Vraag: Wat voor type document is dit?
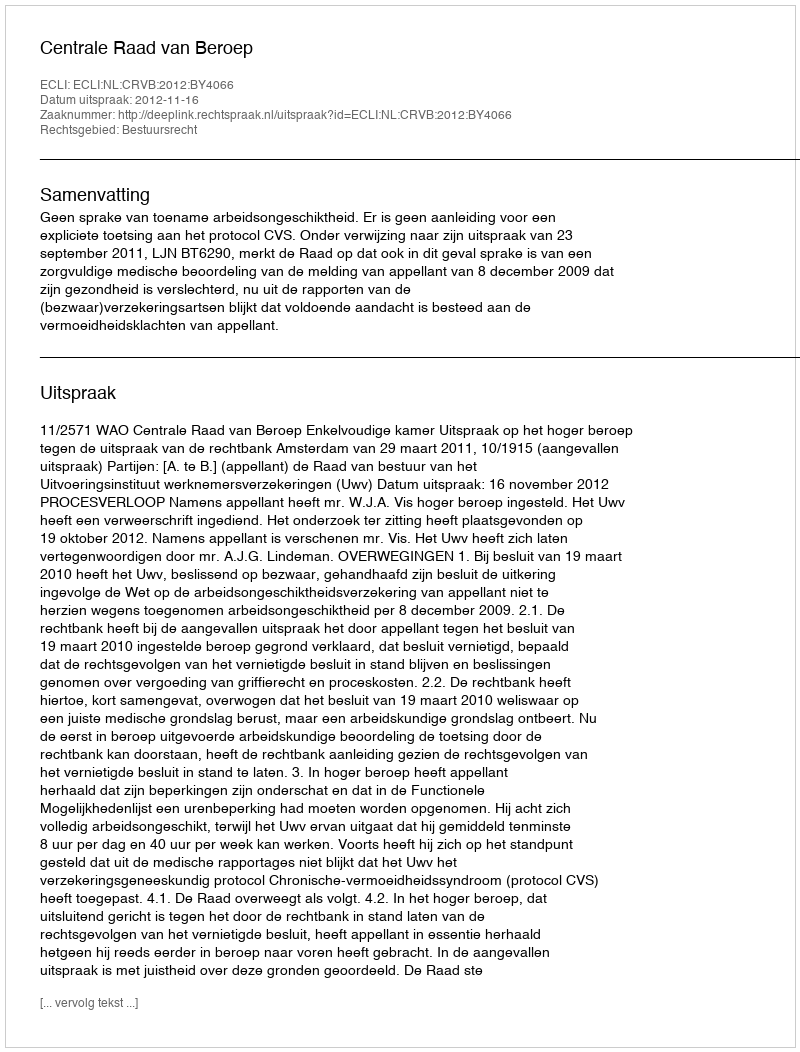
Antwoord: Uitspraak